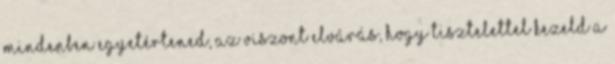
mindenben egyetértened, az viszont elvárás, hogy tisztelettel kezeld a